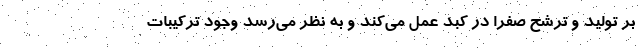
بر تولید و ترشح صفرا در کبد عمل می‌کند و به نظر می‌رسد وجود ترکیبات